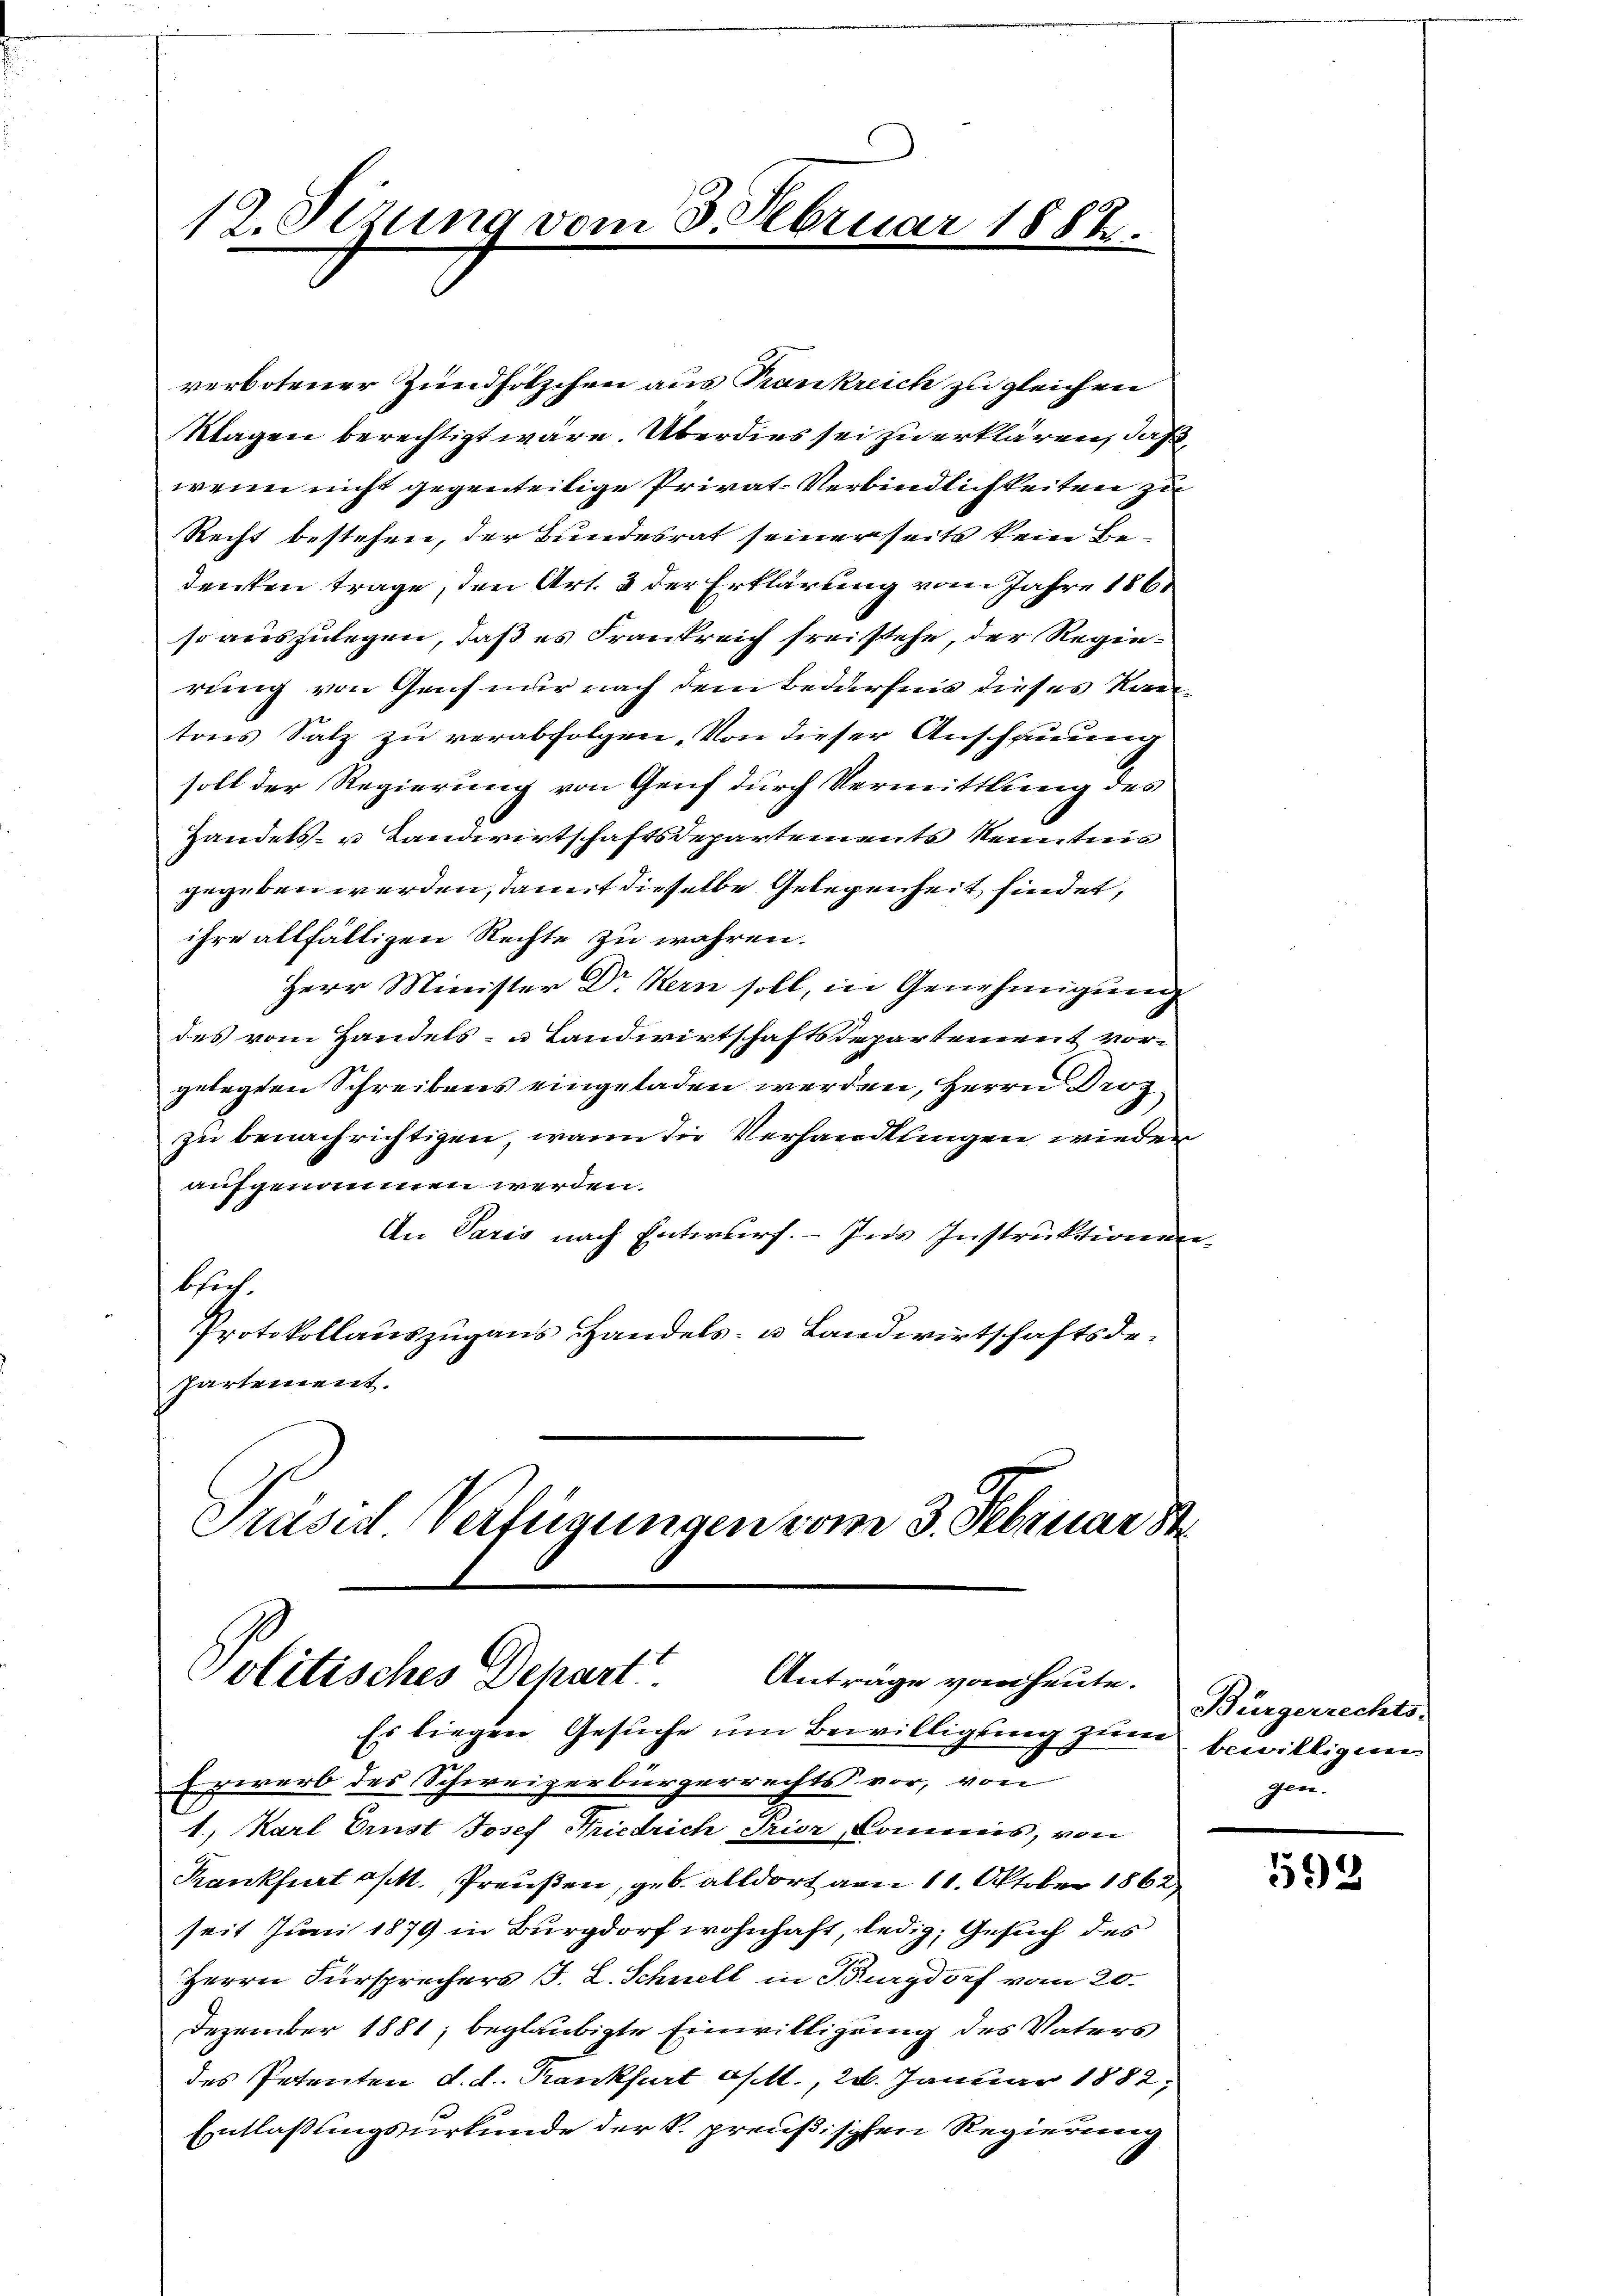
12. Sezung vom 3. Februar 1882.

verbotener Zündhölzchen aus Krankreich zu gleichen
Klagen berechtigt wäre. Überdies sei zu erklären, daß
wenn nicht gegenteilige Privat-Verbindlichkeiten zu
Recht bestehen, der Bundesrat seinerseits kein Be-
denken trage, den Art. 3 der Erklärung vom Jahre 186.
so auszulegen, daß es Frankreich frei stehe, der Regierung von Genf nur nach dem Bedürfnis dieses Kantons Salz zu verabfolgen. Von dieser Anschauung
soll der Regierung von Genf durch Vermittlung des
Handels- u Landwirtschaftsdepartements Kenntnis
gegeben werden, damit dieselbe Gelegenheit findet,
ihre allfälligen Rechte zu wahren.
Herr Minister Dr Kern soll, in Genehmigung
des vom Handels- u Landwirtschaftsdepartement vorgelegten Schreibens eingeladen werden, Herrn Droz
zu benachrichtigen, wann die Verhandlungen wieder
aufgenommen werden.
An Paris nach Entwurf.- Ins Instruktionen
bsich.
Protokollauszugaus Handels- u Landwirtschaftsdepartement.
Präses Verfügungen vom 3. Februar 18

olitisches Depart?
Anträge vom heute.

Es liegen Gesŭche um Bewilligung zum bewilligun
Erwerb des Schweizerbürgerrechts vor, von
1., Karl Ernst Josef Friedrich Prior Commis, von
Kankfurt d. M. Preußen, geb. alldort vom 11. Oktober 1862
seit Juni 1879 in Burgdorf wohnhaft, ledig, Gesuch des
Herrn Fürsprechers J. L. Schnell in Burgdorf vom 20.
Dezember 1881, beglaubigte Einwilligung des Vaters
des Petenten d. d. Krankfurt d. M., 20. Januar 1882,
Entlaßungsurkunde der k. preußischen Regierung

Bürgerrechts-
zun

598